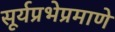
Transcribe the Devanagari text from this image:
सूर्यप्रभेप्रमाणे